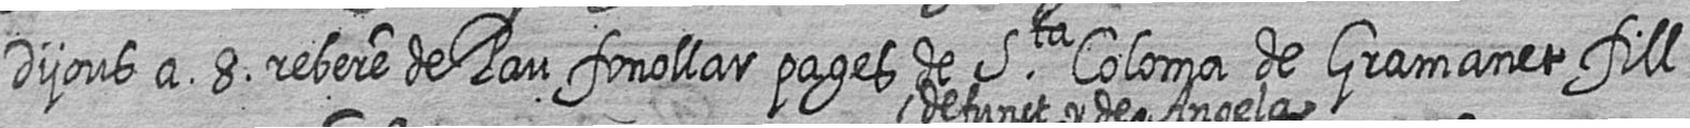
Dijous a 8 rebere de Pau fonollar pages de Sta Coloma de Gramanet fill